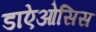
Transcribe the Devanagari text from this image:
डाऐओसिस